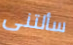
سألتنى